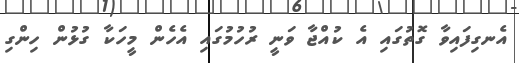
އެނގިފައިވާ ގޮތުގައި އެ ކުއްޖާ ވަނީ ރުހުމުގައި އެހެން މީހަކާ ގުޅުން ހިންގި